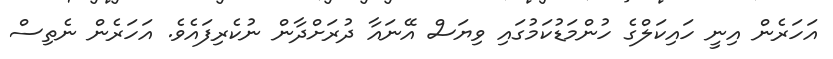
އަހަރެން އިނީ ހައިކަލްގެ ހުންމަޑުކަމުގައި ވިޔަސް އޭނައާ ދުރަށްދާން ނުކެރިފައެވެ. އަހަރެން ނެތިސް